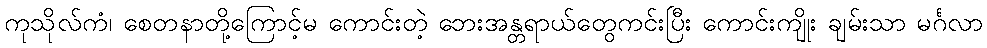
ကုသိုလ်ကံ၊ စေတနာတို့ကြောင့်မ ကောင်းတဲ့ ဘေးအန္တရာယ်တွေကင်းပြီး ကောင်းကျိုး ချမ်းသာ မင်္ဂလာ